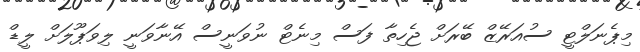
މިޕެނަލްޓީ ސުއަރޭޒް ބޭރަށް ޖެހިތާ ފަސް މިނެޓް ނުވަނީސް އޭނާވަނީ ލިވަޕޫލަށް ލީޑް